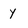
Character: y